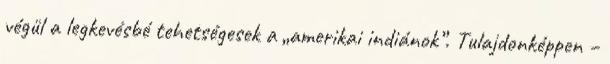
végül a legkevésbé tehetségesek a „amerikai indiánok”. Tulajdonképpen –